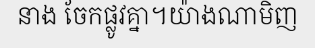
នាង ចែកផ្លូវគ្នា។យ៉ាងណាមិញ